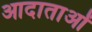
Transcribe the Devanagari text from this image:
आदाताओं